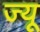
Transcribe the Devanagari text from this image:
ज्‍यू